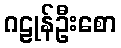
ဂဠုန်ဦးစော